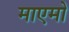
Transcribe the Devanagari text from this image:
माएमो